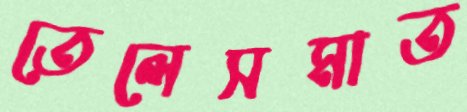
তেলেসমাত